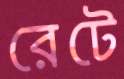
রেটে